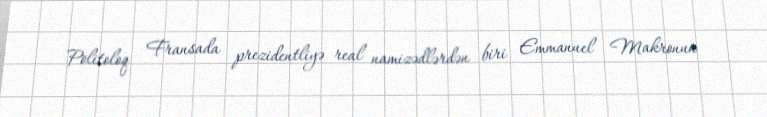
Politoloq Fransada prezidentliyə real namizədlərdən biri Emmanuel Makronun